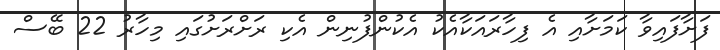
ފަށާފައިވާ ކަމަށާއި އެ ފިހާރައަކާއެކު އެކުންފުނިން އެކި ރަށްރަށުގައި މިހާރު 22 ބޭސް